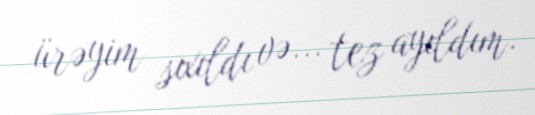
ürəyim sıxıldı və... tez ayıldım.